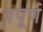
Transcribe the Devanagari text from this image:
वपूर्ण